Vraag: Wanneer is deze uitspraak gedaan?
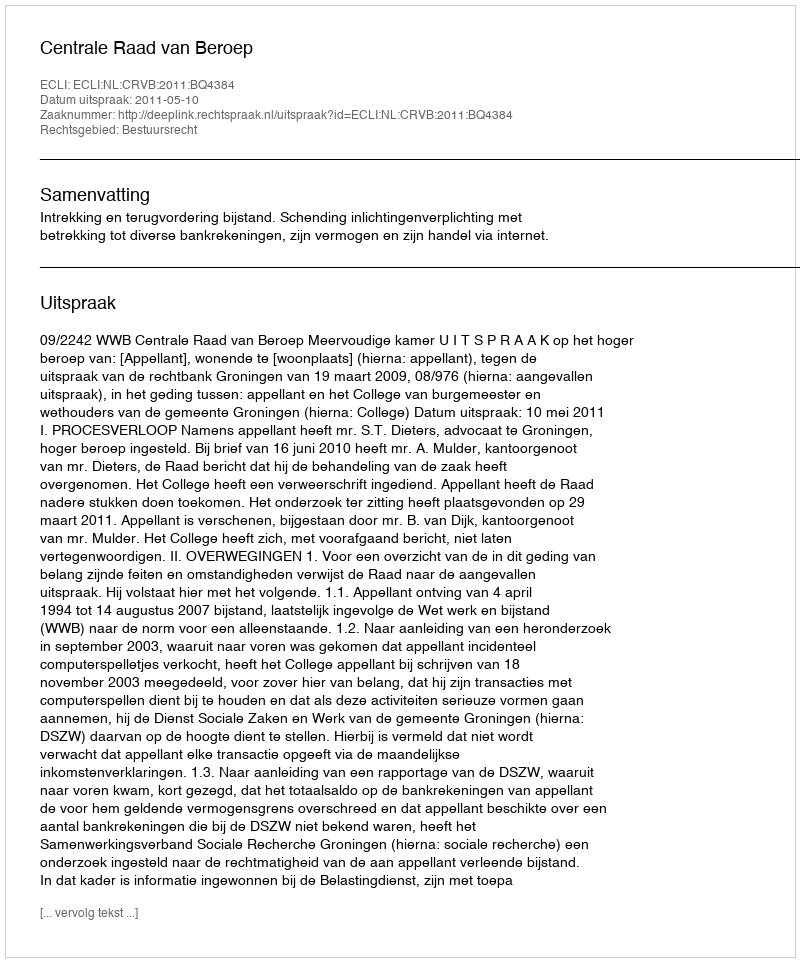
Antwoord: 2011-05-10